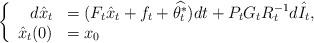
LaTeX: \begin{align*}\left\{\begin{array}[c]{rl}d\hat{x}_{t} & =(F_{t}\hat{x}_{t}+f_{t}+\widehat{\theta_{t}^{\ast}})dt+P_{t}G_{t}R_{t}^{-1}d\hat{I}_{t},\\\hat{x}_{t}(0) & =x_{0}\end{array}\right. \end{align*}